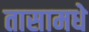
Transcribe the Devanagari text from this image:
तासामधे